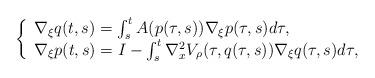
LaTeX: \begin{align*}\left\{\begin{array}{l}\nabla_\xi q(t,s)=\int_s^t A(p(\tau,s))\nabla_\xi p(\tau,s) d\tau , \\\nabla_\xi p(t,s)=I-\int_s^t \nabla_x^2 V_\rho(\tau,q(\tau,s))\nabla_\xi q(\tau,s) d\tau,\end{array}\right.\end{align*}